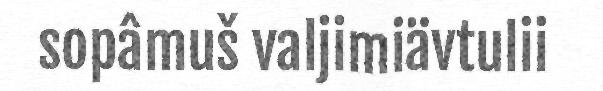
sopâmuš valjimiävtulii